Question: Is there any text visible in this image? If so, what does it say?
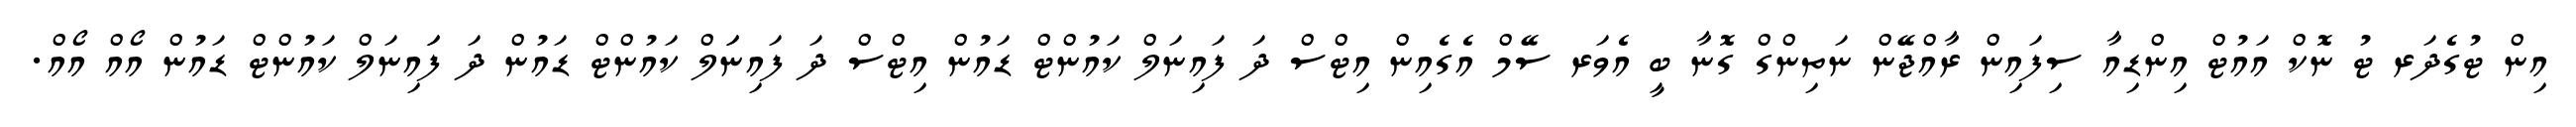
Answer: އިން ޓުގެދަރ ޓު ނޮކް އައުޓް އިންޑިއާ ސިފައިން ރާއްޖޭން ނަތިންގް ގޮނާ ބީ އެވަރ ސޭމް އެގެއިން އިޓްސް ދަ ފައިނަލް ކައުންޓް ޑައުން އިޓްސް ދަ ފައިނަަލް ކައުންޓް ޑައުން ދަ ފަައިނަލް ކައުންޓް ޑައުން އޯއް އޯއް.